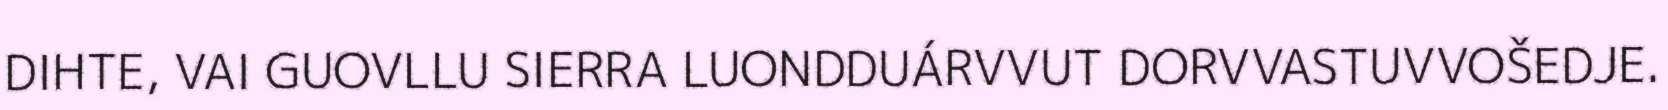
DIHTE, VAI GUOVLLU SIERRA LUONDDUÁRVVUT DORVVASTUVVOŠEDJE.